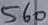
Text: 560